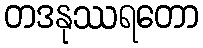
တဒနုဿရတော